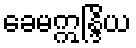
ခေမဣန္ဒြိယ